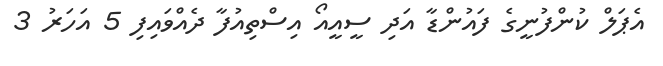
އެޕަލް ކުންފުނީގެ ފައުންޑާ އަދި ސީއީއޯ އިސްތިއުފާ ދެއްވައިފި 5 އަހަރު 3